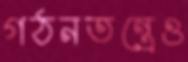
গঠনতন্ত্রেও